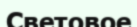
Световое